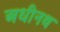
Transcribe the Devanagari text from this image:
अधीनथ